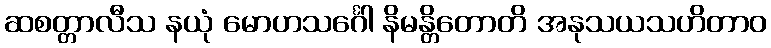
ဆစတ္တာလီသ နယုံ မောဟသင်္ဂေါ နိမန္တိတောတိ အနုသယသဟိတာဝ